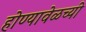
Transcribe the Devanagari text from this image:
होण्यावेळच्यी